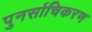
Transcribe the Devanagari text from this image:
पुनर्साचिकरण